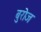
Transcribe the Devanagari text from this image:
बुरोज